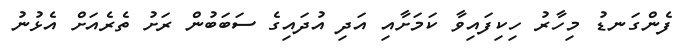
ފެންގަނޑު މިހާރު ހިކިފައިވާ ކަމަށާއި އަދި އުދައިގެ ސަބަބުން ރަށު ތެރެއަށް އެޅުނު